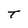
Character: T